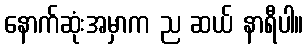
နောက်ဆုံးအမှာက ည ဆယ် နာရီပါ။